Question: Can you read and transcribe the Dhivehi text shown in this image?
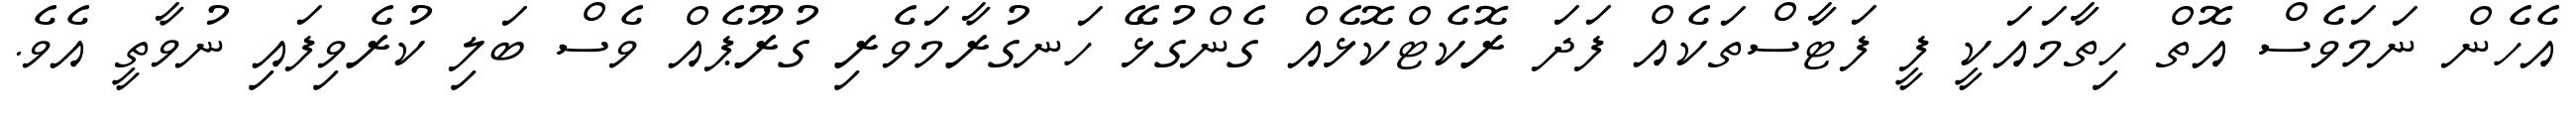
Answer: އެހެން ނަމަވެސް އޮތް ހިތާމައަކީ ފީ ފަޓާސްތަކެއް ފަދަ ރޮކެޓްކޮޅެއް ގެންގުޅޭ ހަނގުރާމަވެރި ގުރޫޕެއް ވެސް ބަލި ކުރެވިފައި ނުވާތީ އެވެ.